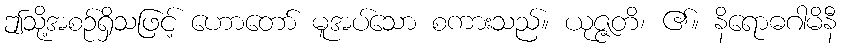
ဤသို့အစဉ်ရှိသဖြင့် ဟောတော် မူအပ်သော စကားသည်။ ယုဇ္ဇတိ၊ ၏။ နိရောဓဂါမိနီ